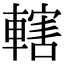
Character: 轄